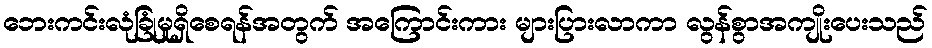
ဘေးကင်းလုံခြုံမှုရှိစေရန်အတွက် အကြောင်းကား များပြားလာကာ လွန်စွာအကျိုးပေးသည်